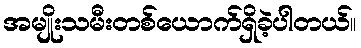
အမျိုးသမီးတစ်ယောက်ရှိခဲ့ပါတယ်။